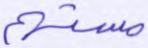
مستهم